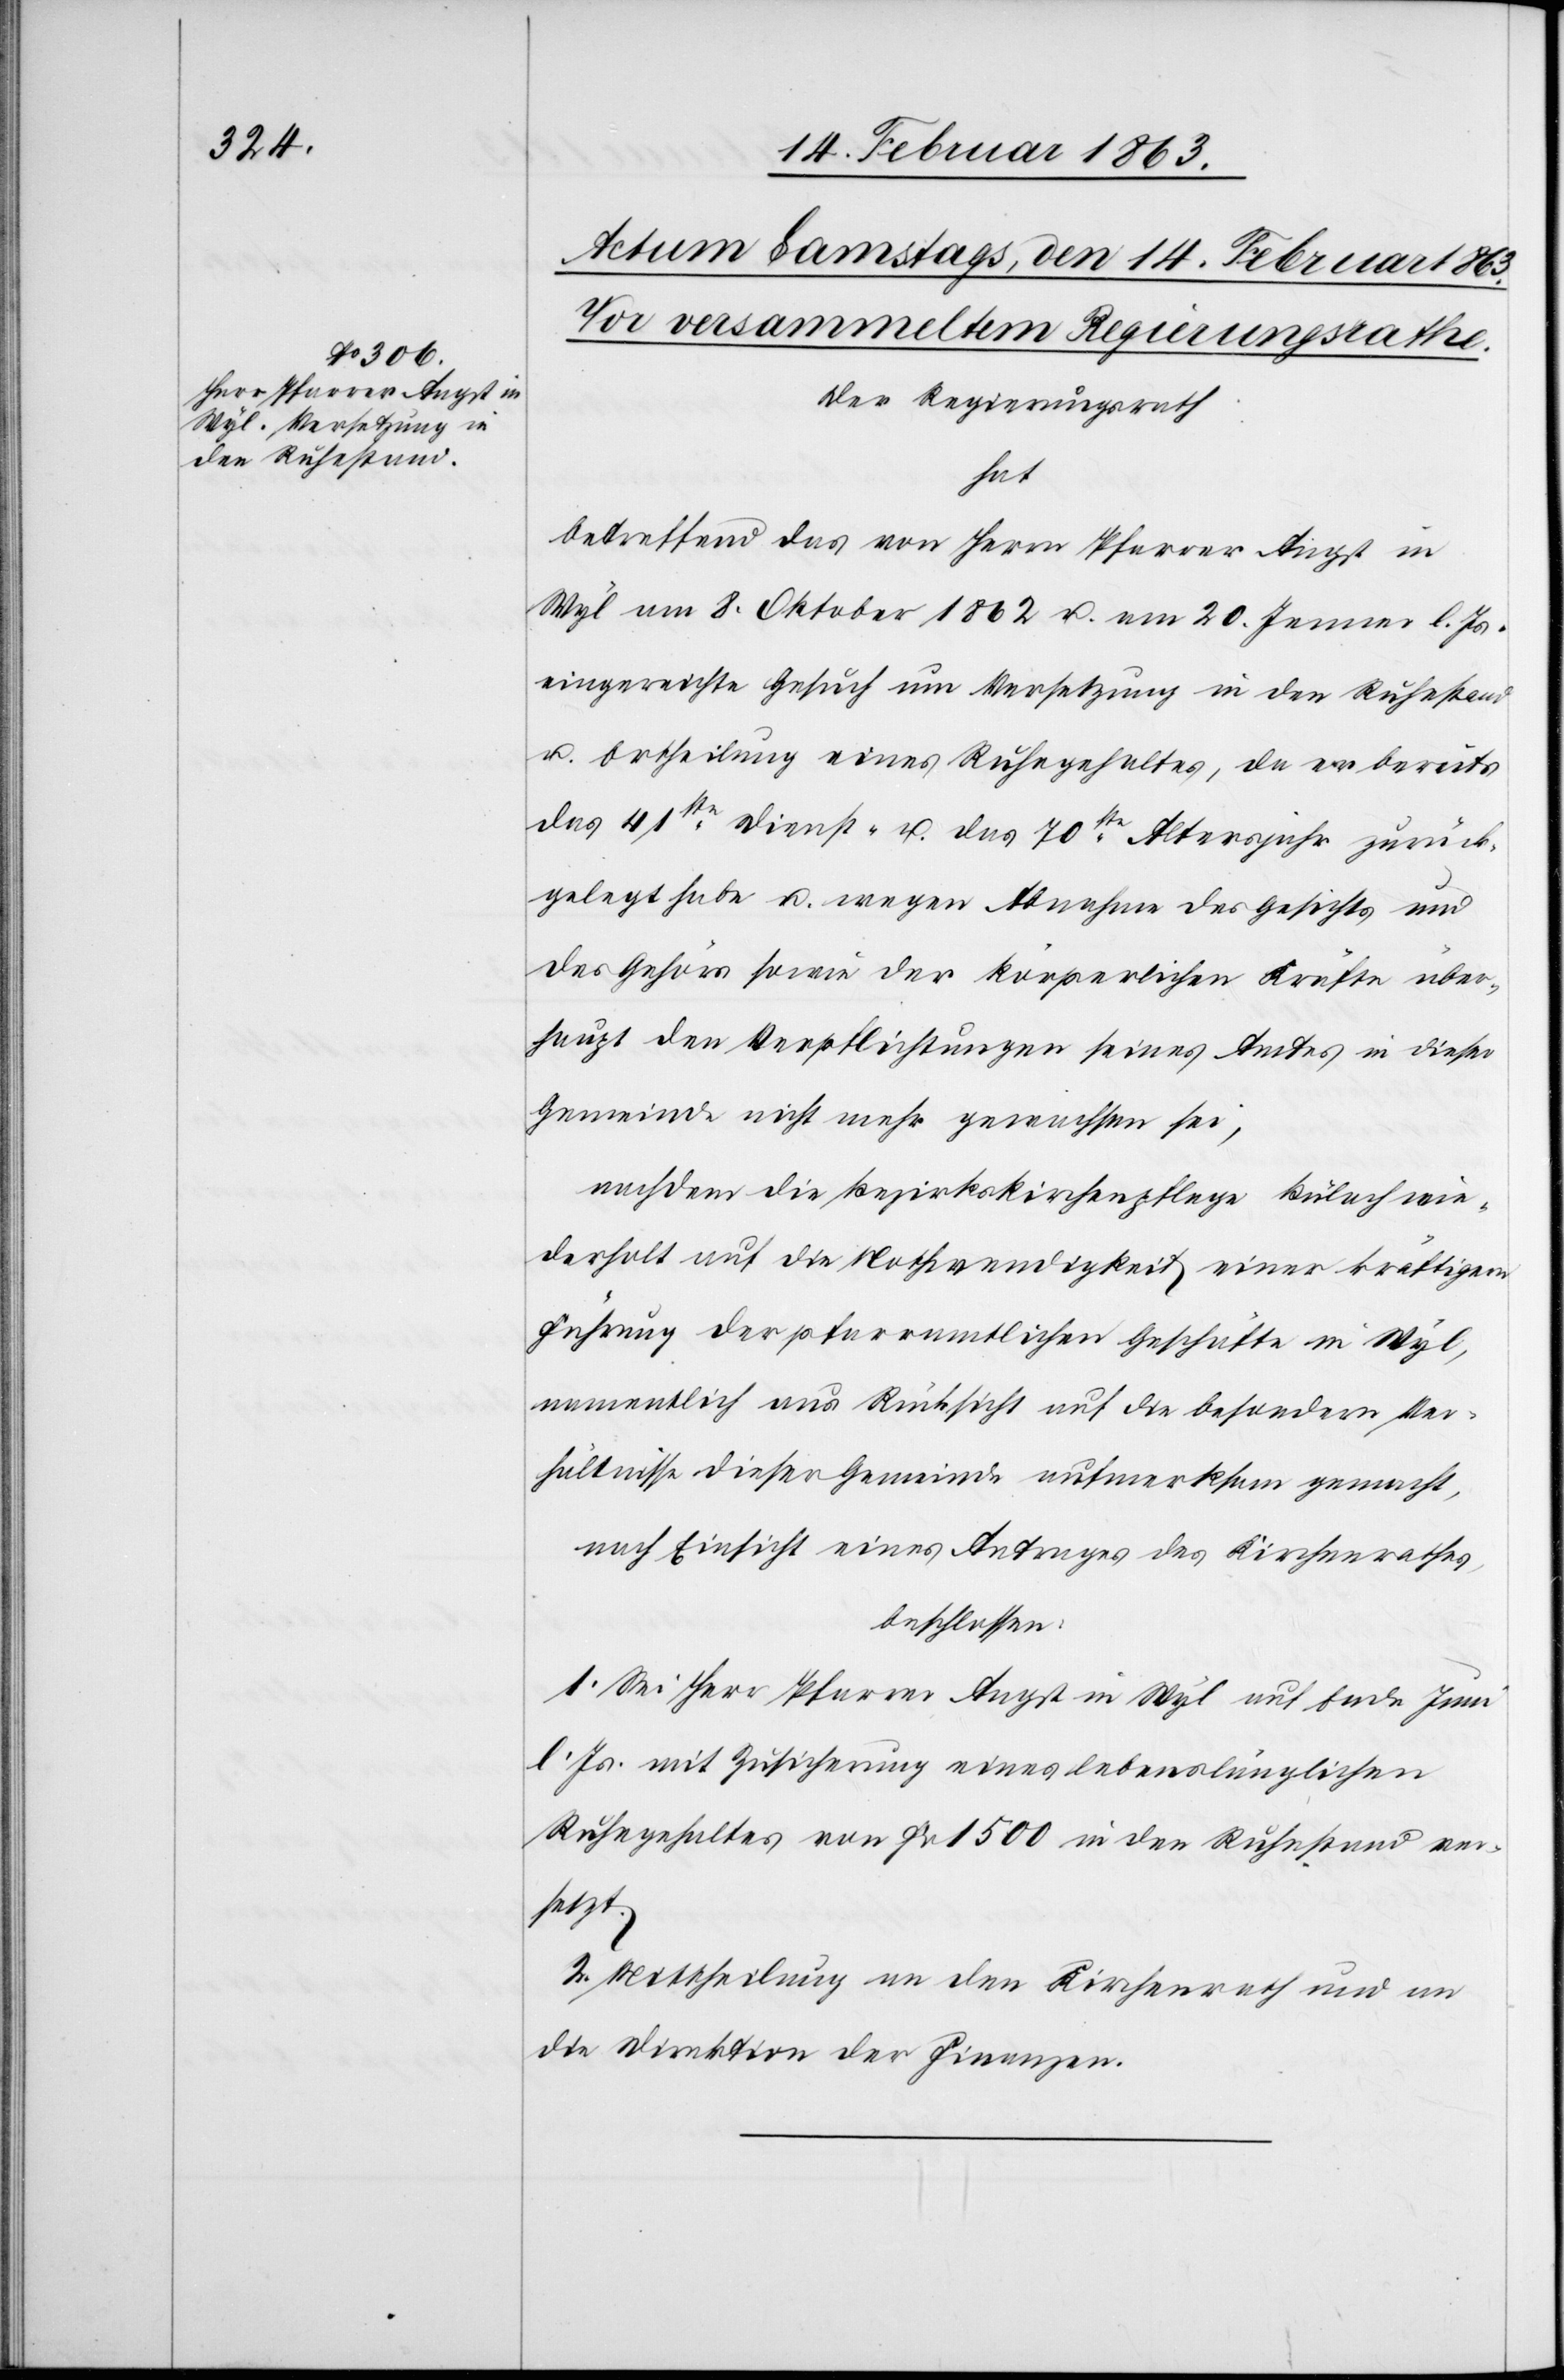
Der Regierungsrath
hat
betreffend das von Herrn Pfarrer Angst in
Wyl am 8. Oktober 1862 u. am 20. Jenner l. Js.
eingereichte Gesuch um Versetzung in den Ruhestand
u. Ertheilung eines Ruhegehaltes, da er bereits
das 41ste Dienst- u. das 70ste Altersjahr zurück¬
gelegt habe u. wegen Abnahme des Gesichts und
des Gehörs sowie der körperlichen Kräfte über¬
haupt den Verpflichtungen seines Amtes in dieser
Gemeinde nicht mehr gewachsen sei,
nachdem die Bezirkskirchenpflege Bülach wie¬
derholt auf die Nothwendigkeit einer kräftigen
Führung der pfarramtlichen Geschäfte in Wyl,
namentlich aus Rücksicht auf die besondern Ver¬
hältnisse dieser Gemeinde aufmerksam gemacht,
nach Einsicht eines Antrages des Kirchenrathes,
beschlossen:
1. Sei Herr Pfarrer Angst in Wyl auf Ende Juni
l. Js. mit Zusicherung eines lebenslänglichen
Ruhegehaltes von Fr 1500 in den Ruhestand ver¬
setzt.
2. Mittheilung an den Kirchenrath und an
die Direktion der Finanzen.